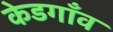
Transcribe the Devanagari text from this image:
केडगाँव